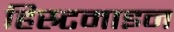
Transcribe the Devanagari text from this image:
हिस्र्टमाइन